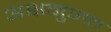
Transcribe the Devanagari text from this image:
अक्षनुपात